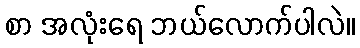
စာ အလုံးရေ ဘယ်လောက်ပါလဲ။